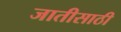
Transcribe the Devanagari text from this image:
जातीसाठी